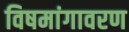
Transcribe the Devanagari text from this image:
विषमांगावरण